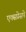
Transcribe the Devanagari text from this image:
एक्सप्रेसपे